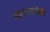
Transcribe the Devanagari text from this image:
आताताईयों